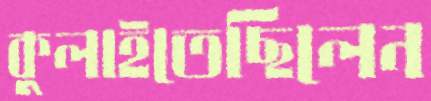
কুলাইতেছিলেন